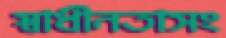
স্বাধীনতাসং